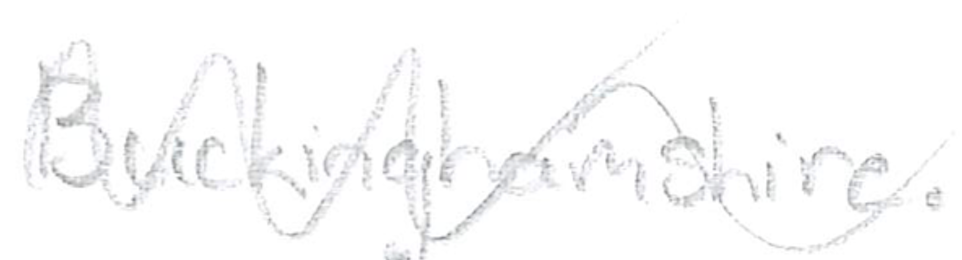
Text: Buckinghamshire.
Cross-out: wave
Writing tool: pencil